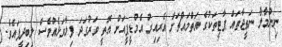
ނިންމާލާ ނަތީޖާތައް ޕާޓީތަކުގެ އަތްމައްޗަށް އެރިއިރު އެމްޑީޕީއަށް އޮތީ ވަރުގަދަ ފިލާވަޅެއްވެސް ލިބިދީފައެެވެ.